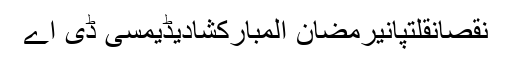
نقصانقلتپانیرمضان المبارکشادیڈیمسی ڈی اے